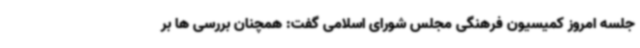
جلسه امروز کمیسیون فرهنگی مجلس شورای اسلامی گفت: همچنان بررسی ها بر